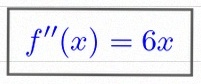
f''(x)=6x